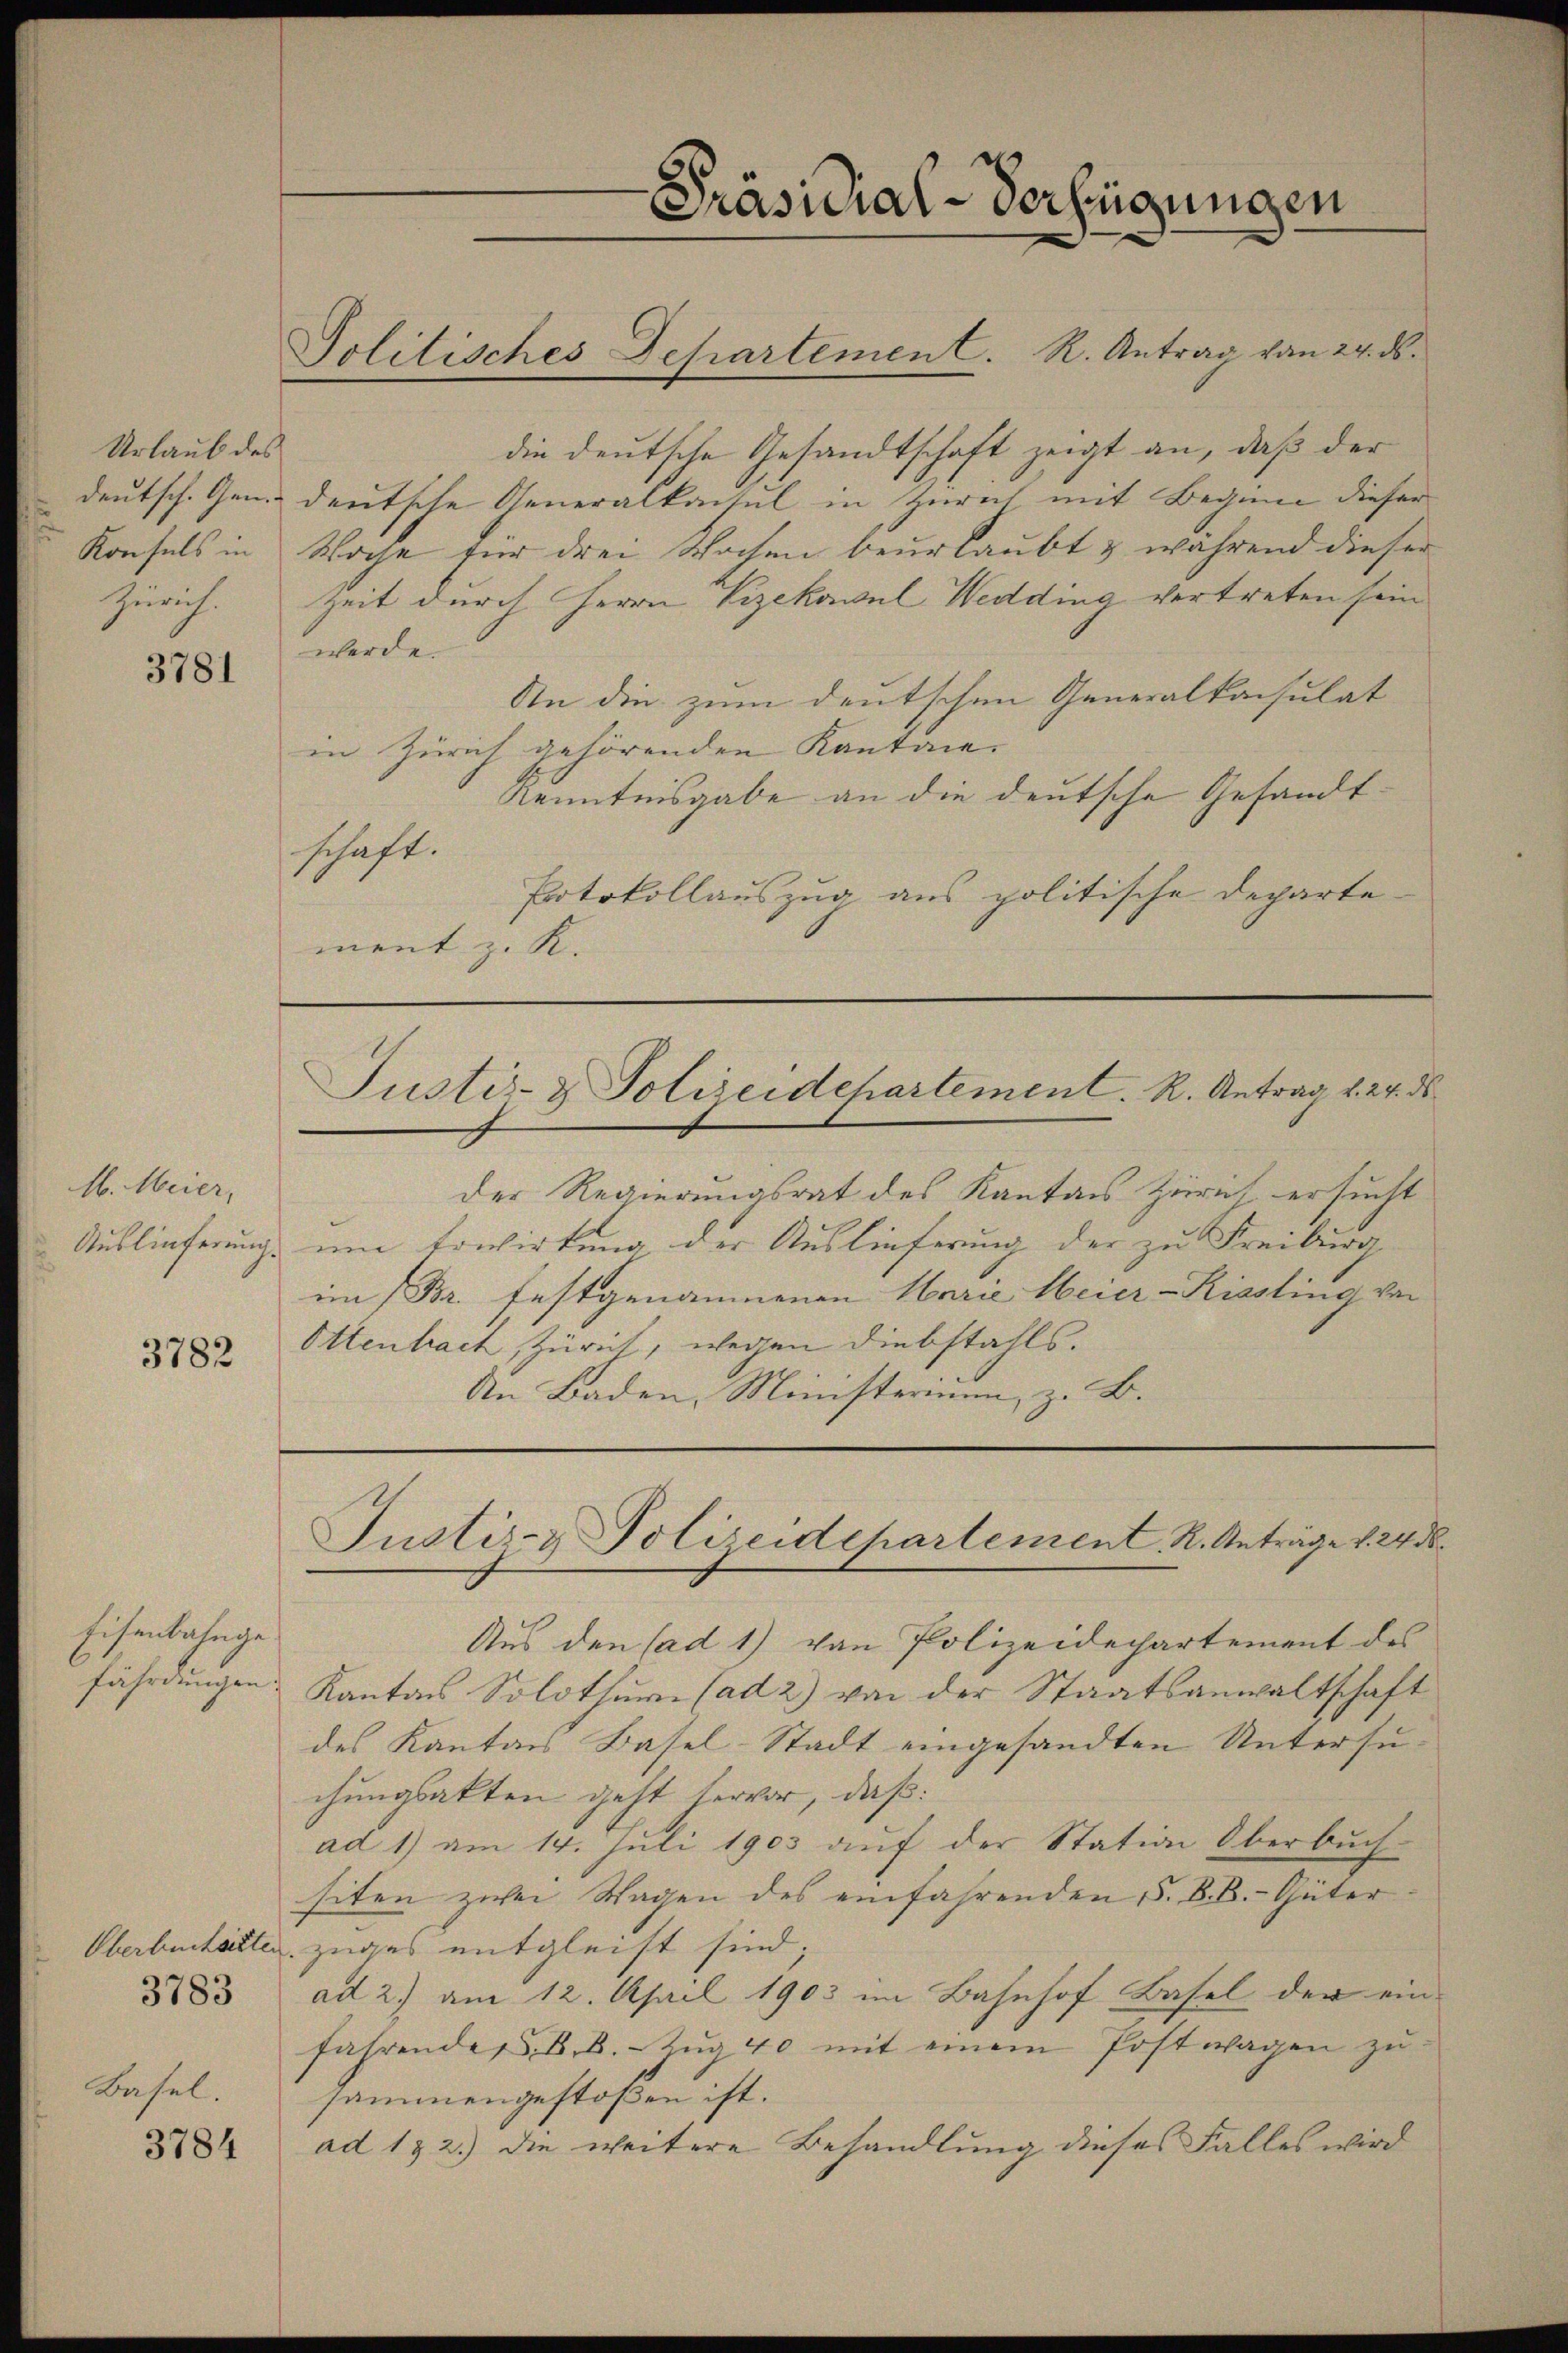
Urlaub des
deutsch. Gen.
Konsuls in
Zürich.

3781

M. Meier,
Auslieferung.

3782

Eisenbahngefährdungen.

die deutsche Gesandtschaft zeigt an, daß der
deutsche Generalkonsul in Zürich, mit Beginn dieser
Woche für drei Wochen beurlaubt & während dieser
Zeit durch Herrn Vizekasul Wedding vertreten sein
werde.
An die zum deutschen Generalkonsulat
in Zürich gehörenden Kantone.
Kenntnisgabe an die deutsche Gesandtschaft.
Potokollauszug aus politische Departement z. K.

Oberbuchsetten
Basel.

3784

Präsidial-Verfügungen

Politisches Departement. R. Antrag von 24. ds.

Justiz- & Polizeidchartement. R. Antrag v. 24. ds.

der Regierungsrat des Kantons Züricht ersucht
um Erwirkung, der Auslieferung der zu Freiburg
im (Br. festgenommenen Marie Meier-Rissling von
Ottenbrach, Zürich, wegen Diebstahls.
An Baden, Ministerium, z. B.

Justiz- & Polizeidepartement R. Anträge v. 243.

Aus den (ad 1) von Polizeidechartement des
Kantons Solothur (ad 2) von der Staatsanwaltschaft
des Kanton Basel-Stadt eingesandten Untersuchungsakten geht hervor, daß:
ad 1) am 14. Juli 1903 auf der Station Oberbuch-
siten zwei Wagen des einfahrenden 5. B. B. Güterzuges entgleist sind; |
§183 ad 2) am 12. April 1903 im Bahnhof Basel der ein
fahrendes k.k. Zug 40 mit einem Postwagen zu
sammengestoßen ist.
ad 1 & 2.) die weitere Behandlung dieses Falles wird